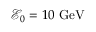
\mathcal { E } _ { 0 } = 1 0 \ \mathrm { G e V }